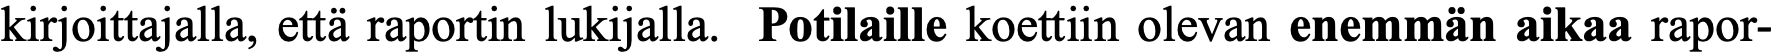
kirjoittajalla, että raportin lukijalla. Potilaille koettiin olevan enemmän aikaa rapor-